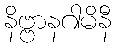
နိဗ္ဗာနဂါမိနီ